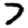
Digit: 7